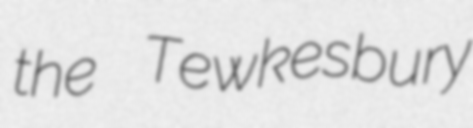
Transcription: the Tewkesbury